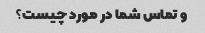
و تماس شما در مورد چیست؟